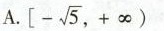
A.$$\left[- \sqrt{5},+ \infty)$$